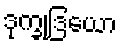
ဒုက္ခုဒြယော